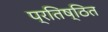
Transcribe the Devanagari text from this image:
प्रतिष्ठित